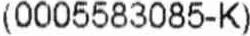
(0005583085-K)